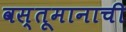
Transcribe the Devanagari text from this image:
वस्तूमानाची